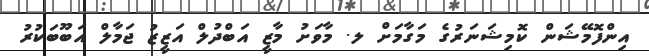
އިންފޮމޭޝަން ކޮމިޝަނަރުގެ މަގާމަށް ލ. މާވަށު މާޒީ އަބްދުލް އަޒީޒު ޖަމާލް އަބޫބަކުރު